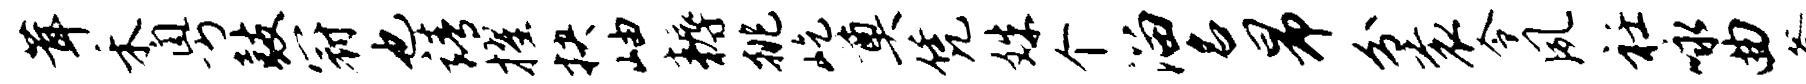
茸禾粤鼓冠也靖擢抉岫耨挑屹奠凭姝个溜名昂分衮令夙衽咏曲釜